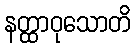
နတ္ထာဝုသောတိ